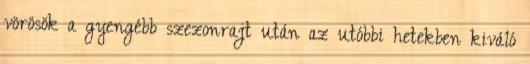
vörösök a gyengébb szezonrajt után az utóbbi hetekben kiváló